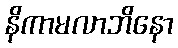
နိကာမလာဘိနော